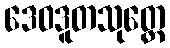
ဒေဝဒူတသုတ္တေ